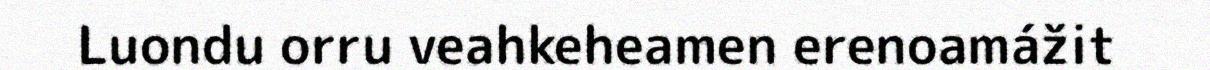
Luondu orru veahkeheamen erenoamážit